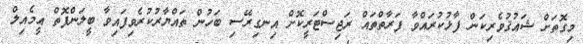
މިގޮތަށް ޝައުޤުވެރިކަން ފާޅުކުރައްވާ ފަރާތްތައް ރަޖިސްޓަރީކޮށް އިނގިރޭސި ބަހުން ތައްޔާރުކުރެވިފައިވާ ބީލަންފޮތް އީމެއިލް